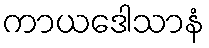
ကာယဒေါသာနံ